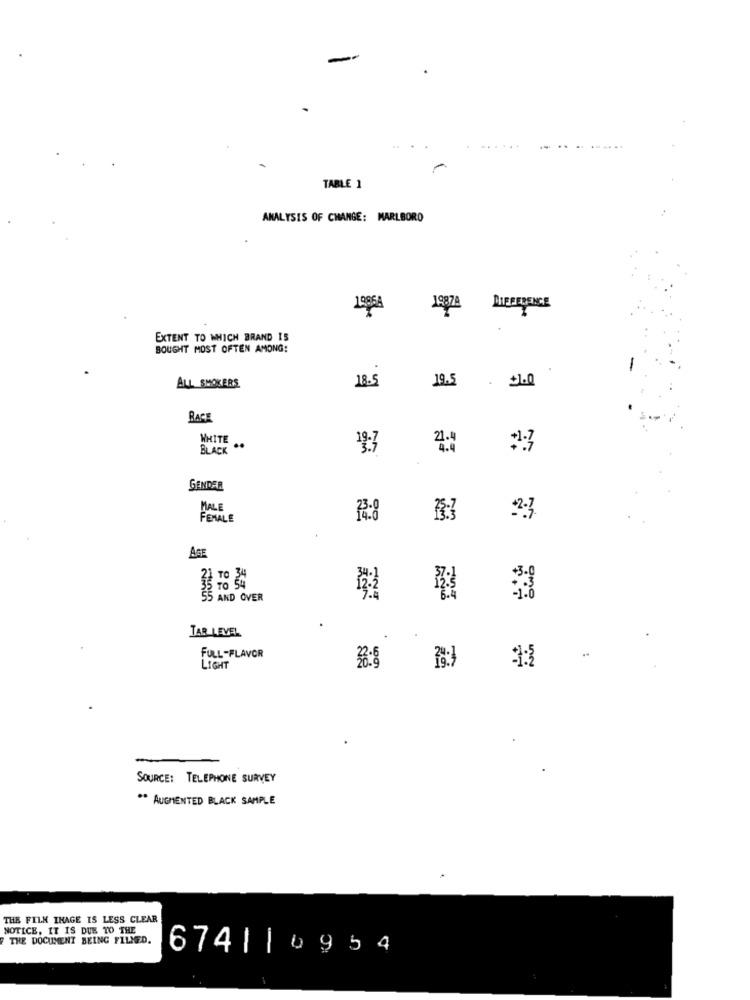
TABLE 1
ANALYSIS OF CHANGE: MARLBORO
1985A
19879
EXTENT TO WHICH BRAND IS
BOUGHT MOST OFTEN AMONG:
19.5
ALL SMOKERS
18.5
RACE
WHITE
BLACK
. ..
GENDER
MALE
FEMALE
73.8
23.
AGE
21 TO 34
35 TO 54
5 AND OVER
TAR LEVEL
FULL-FLAVOR
LIGHT
SOURCE: TELEPHONE SURVEY
** AUGMENTED BLACK SAMPLE
THE FILM IMAGE IS LESS CLEAR
NOTICE, IT IS DUE TO THE
THE DOCUMENT BEING FILMED.
674||0954